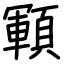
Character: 顐